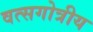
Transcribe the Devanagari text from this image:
वत्सगोत्रीय